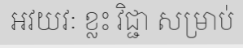
អវយវៈ ខ្លះ វិជ្ជា សម្រាប់